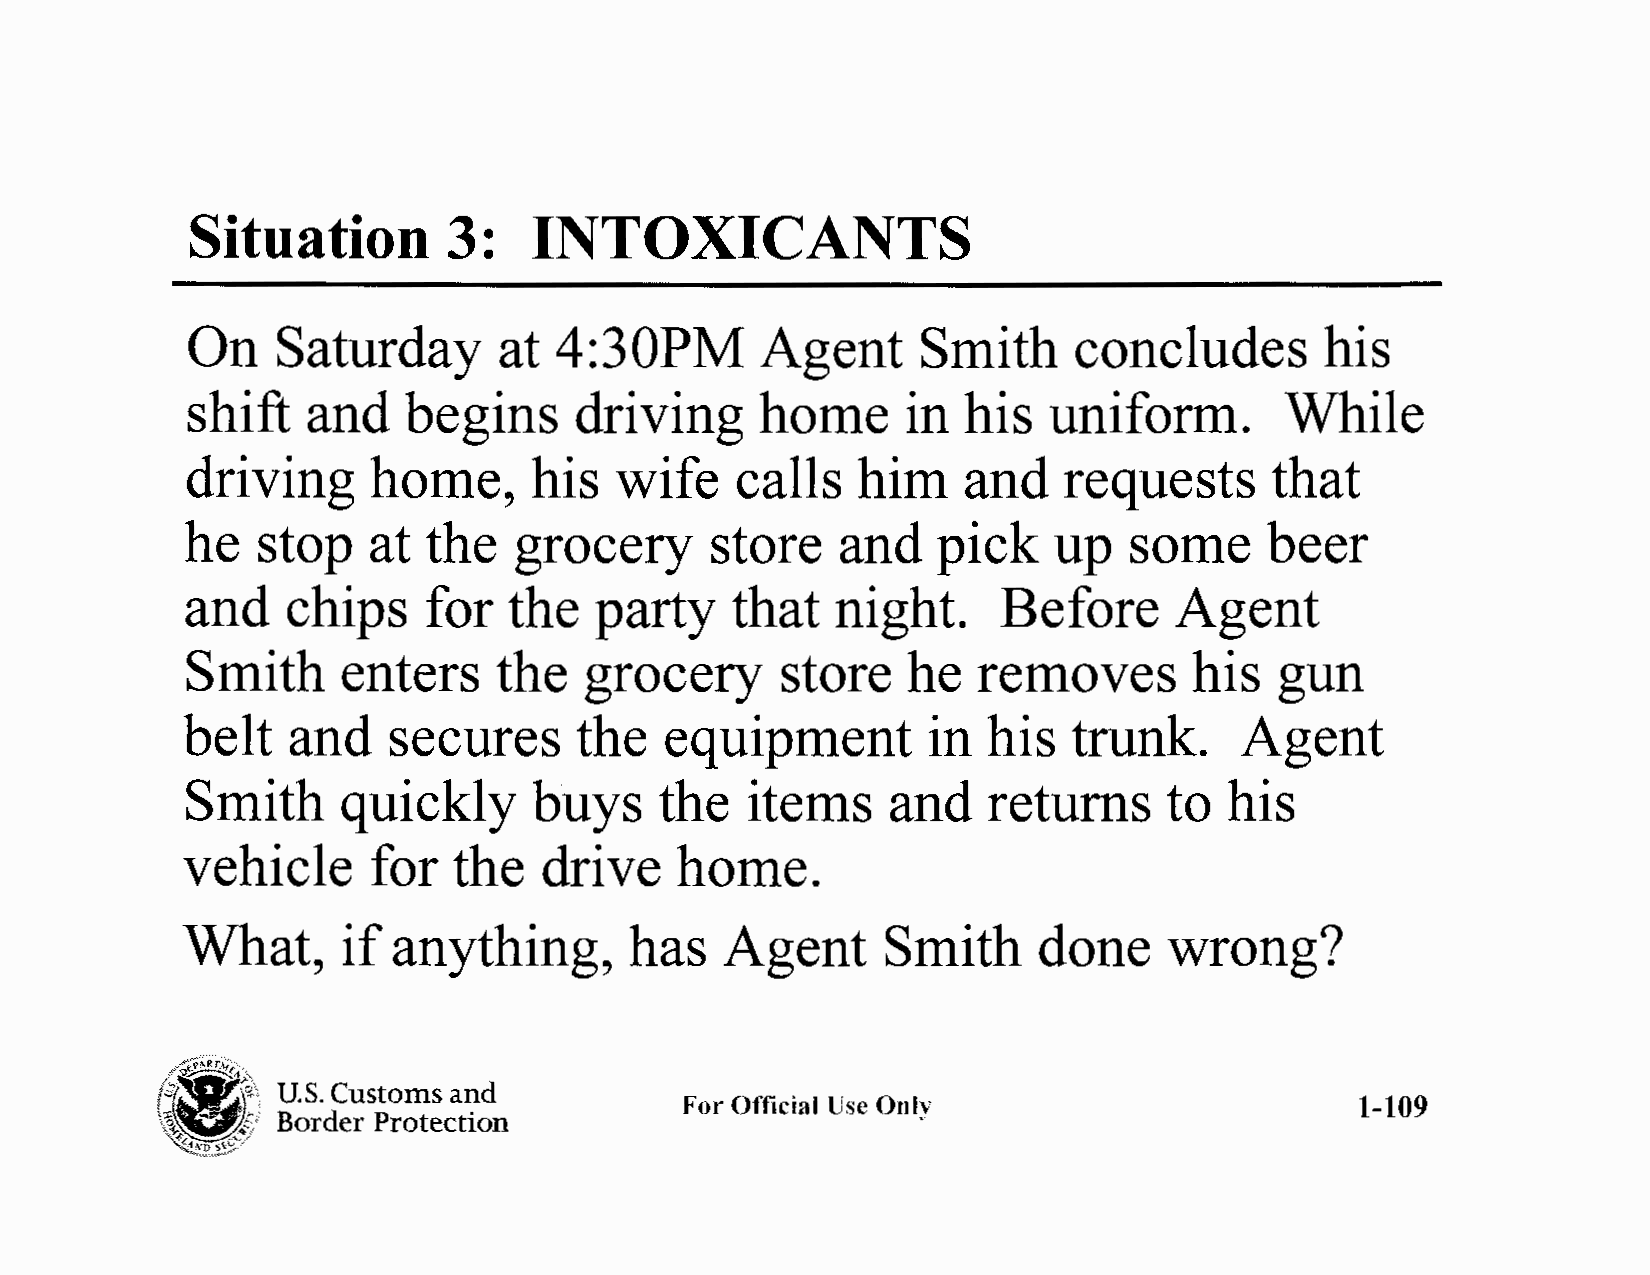
Situation         3:   INTOXICANTS
 On    Saturday       at  4:30PM       Agent      Smith     concludes        his
 shift   and    begins     driving     home      in  his  uniform.        While
 driving      home,     his   wife    calls   him    and   requests      that
 he   stop    at the   grocery      store    and   pick    up   some     beer
 and    chips    for   the  party    that   night.     Before      Agent
 Smith      enters    the   grocery      store   he   removes       his   gun
 belt   and    secures     the   equipment        in  his   trunk.     Agent
 Smith      quickly     buys     the   items    and   returns     to  his
 vehicle      for  the   drive    home.
 What,      if anything,       has   Agent      Smith     done    wrong?
 /'.~~;.,
 ~-f
 ".l  "~.\ U.S. Customs and
 For Official Use Only                        1-109
 Border Protection
 V ~i~ -o , s ~f' J '